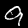
Label: 9